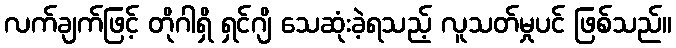
လက်ချက်ဖြင့် တိုဂါရှိ ရှင်ဂျိ သေဆုံးခဲ့ရသည့် လူသတ်မှုပင် ဖြစ်သည်။